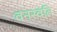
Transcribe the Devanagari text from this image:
वनस्वति